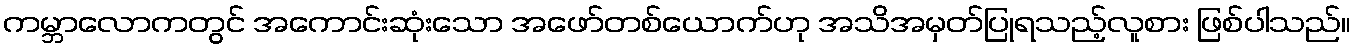
ကမ္ဘာလောကတွင် အကောင်းဆုံးသော အဖော်တစ်ယောက်ဟု အသိအမှတ်ပြုရသည့်လူစား ဖြစ်ပါသည်။